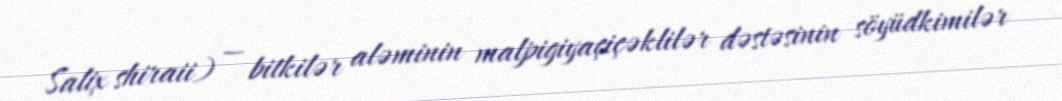
Salix shiraii) — bitkilər aləminin malpigiyaçiçəklilər dəstəsinin söyüdkimilər